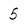
Character: 5